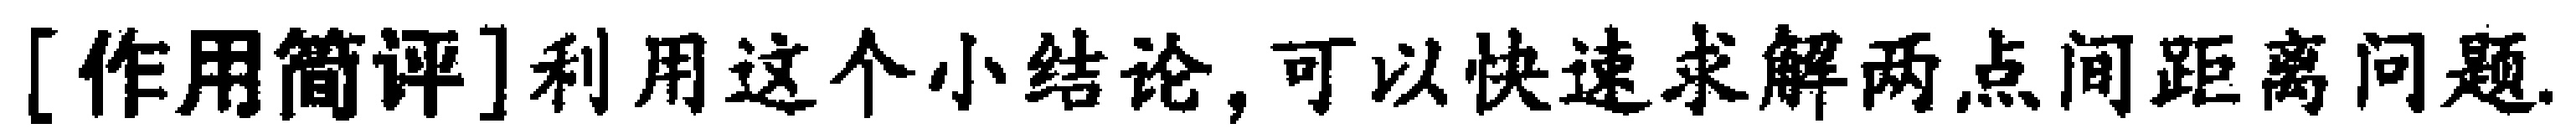
[作用简评]利用这个小结论,可以快速求解两点间距离问题.